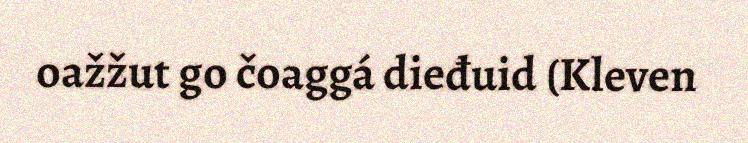
oažžut go čoaggá dieđuid (Kleven